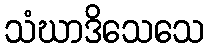
သံဃာဒိသေသေ